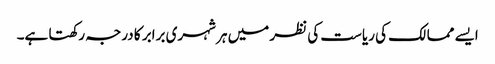
ایسے ممالک کی ریاست کی نظر میں ہر شہری برابر کا درجہ رکھتا ہے۔